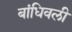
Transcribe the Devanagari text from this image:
बांधिवली